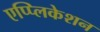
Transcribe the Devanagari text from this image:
एप्प्लिकेशन